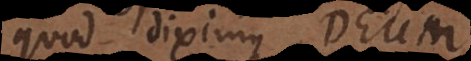
quod diximus Deum